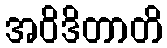
အဝိဒိတာတိ